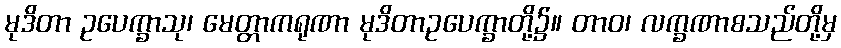
မုဒိတာ ဥပေက္ခာသု၊ မေတ္တာကရုဏာ မုဒိတာဥပေက္ခာတို့၌။ တာဝ၊ လက္ခဏာစသည်တို့မှ